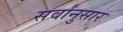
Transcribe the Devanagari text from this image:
सर्वांनुसार